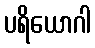
ပရိယောဂါ